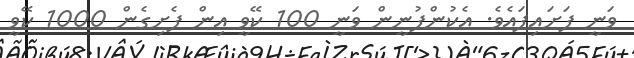
ވަނީ ފަށައިފައެވެ. އެކުންފުނީން ވަނީ 100 ކޭވީ އިން ފެށިގެން 1000 ކޭވީ